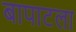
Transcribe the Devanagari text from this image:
बापाटला